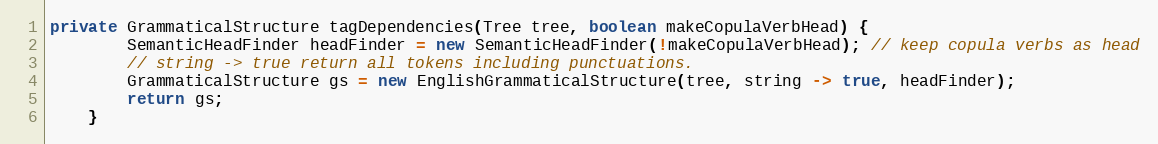
Language: Java
private GrammaticalStructure tagDependencies(Tree tree, boolean makeCopulaVerbHead) {
        SemanticHeadFinder headFinder = new SemanticHeadFinder(!makeCopulaVerbHead); // keep copula verbs as head
        // string -> true return all tokens including punctuations.
        GrammaticalStructure gs = new EnglishGrammaticalStructure(tree, string -> true, headFinder);
        return gs;
    }